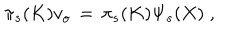
LaTeX: \pi _ { s } ( K ) v _ { o } \, = \, \pi _ { s } ( K ) \Psi _ { s } ( X ) \; ,